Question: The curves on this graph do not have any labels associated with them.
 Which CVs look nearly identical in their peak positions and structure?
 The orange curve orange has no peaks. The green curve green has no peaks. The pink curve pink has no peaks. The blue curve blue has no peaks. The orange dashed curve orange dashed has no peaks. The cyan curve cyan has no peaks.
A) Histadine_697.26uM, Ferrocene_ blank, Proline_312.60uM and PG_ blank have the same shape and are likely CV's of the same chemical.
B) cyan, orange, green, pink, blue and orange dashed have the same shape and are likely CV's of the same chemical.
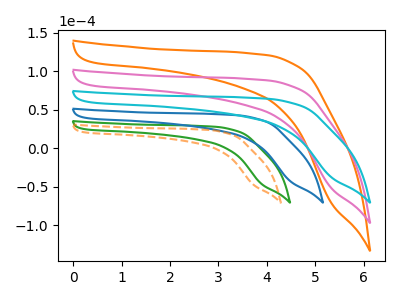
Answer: <think>Neither "orange" or "green" have any peaks. Neither "orange" or "pink" have any peaks. Neither "orange" or "blue" have any peaks. Neither "orange" or "orange dashed" have any peaks. Neither "orange" or "cyan" have any peaks. Neither "green" or "pink" have any peaks. Neither "green" or "blue" have any peaks. Neither "green" or "orange dashed" have any peaks. Neither "green" or "cyan" have any peaks. Neither "pink" or "blue" have any peaks. Neither "pink" or "orange dashed" have any peaks. Neither "pink" or "cyan" have any peaks. Neither "blue" or "orange dashed" have any peaks. Neither "blue" or "cyan" have any peaks. Neither "orange dashed" or "cyan" have any peaks.
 </think>
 <answer>B) "cyan", "orange", "green", "pink", "blue" and "orange dashed" have the same shape and are likely CV's of the same chemical.</answer>
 <eval>B</eval>